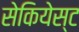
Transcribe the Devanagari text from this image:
सेकियेस्ट